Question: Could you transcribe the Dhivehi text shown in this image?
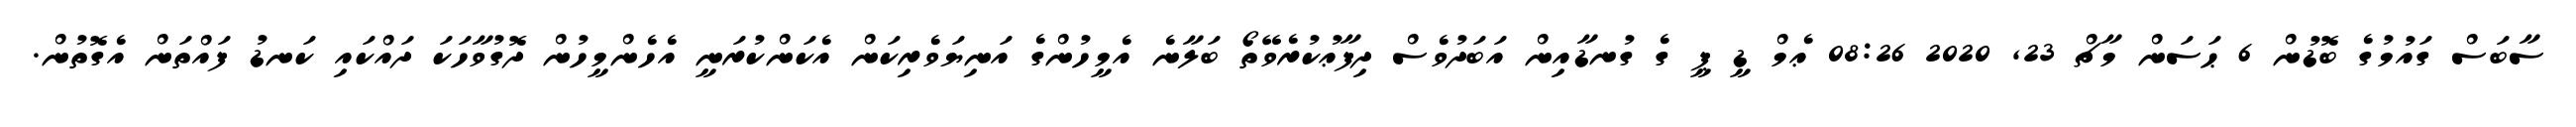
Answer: ސާބަސް ގައުމުގެ ބޮޑުން 6 ޙަސަން މާޗް 23, 2020 08:26 ޢެމް ޑީ ޕީ ގެ ގުނޑާއިން އަބަދުވެސް ދިފާޢުކުރެވޭތޯ ބަލާނެ އެމީހުންގެ އަނިޔަވެރިކަން އެކަންކުރަނީ އެހެންމީހުން ދޮގުވާހަކަ ދައްކައި ކަނޑު ފައްތަން އެގޮތުން.